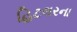
હિટલરના